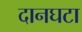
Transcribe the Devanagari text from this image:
दानघटा